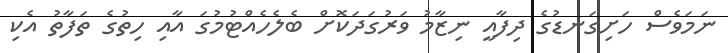
ނަމަވެސް ހަށިގަނޑުގެ ދިފާއީ ނިޒާމު ވަރުގަދަކޮށް ބެލެހެއްޓުމުގަ އާއި ހިތުގެ ތަފާތު އެކި